Lunatic asylums Madras 1892-1911 - 1892-1911
Year: 1892
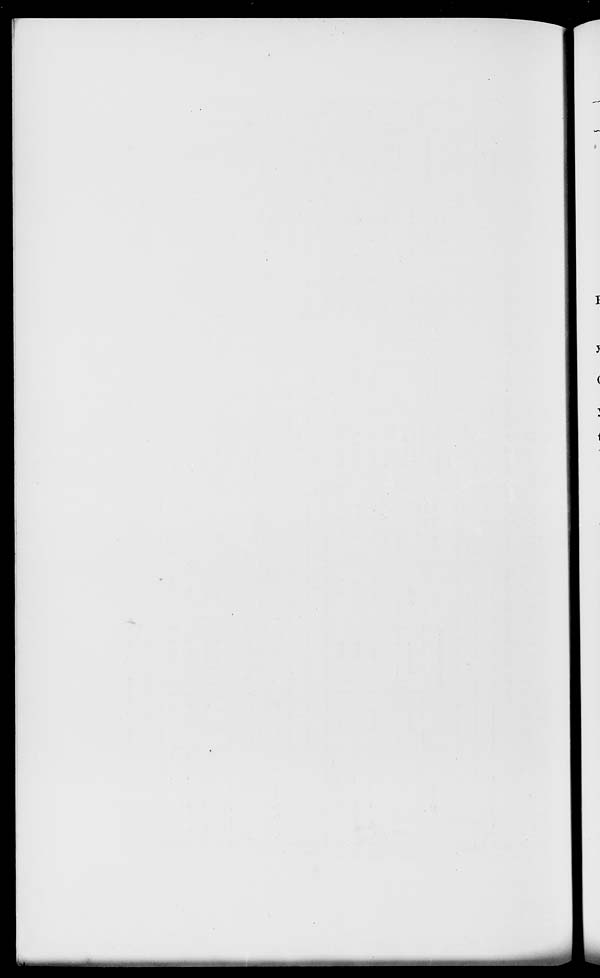
5
(